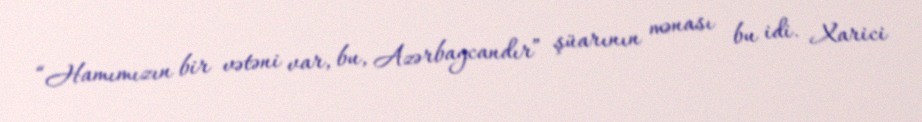
“Hamımızın bir vətəni var, bu, Azərbaycandır” şüarının mənası bu idi. Xarici